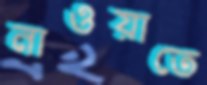
নাওয়াতে